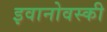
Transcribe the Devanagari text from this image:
इवानोवस्की